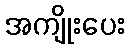
အကျိုးပေး